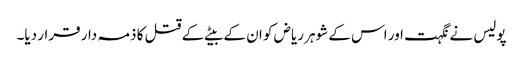
پولیس نے نگہت اور اس کے شوہر ریاض کو ان کے بیٹے کے قتل کا ذمہ دار قرار دیا۔